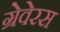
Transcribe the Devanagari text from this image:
ग्रेवेरस